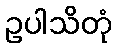
ဥပါသိတုံ